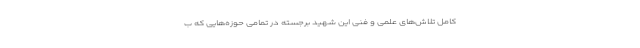
کامل تلاش‌های علمی و فنی این شهید برجسته در تمامی‌ حوزه‌هایی که ب